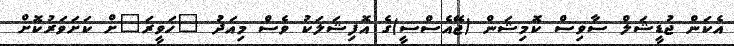
އެކަން ޖުޑީޝަލް ސާވިސް ކޮމިޝަން (ޖޭއެސްސީ)ގެ އޮފިޝަލަކު ވެސް މިއަދު "ހަވީރަ"ށް ކަށަވަރުކޮށް